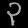
Digit: ၃